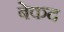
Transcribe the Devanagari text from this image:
बेकद